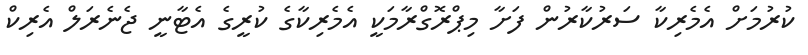
ކުރުމަށް އެމެރިކާ ސަރުކާރުން ފަށާ މިޕްރޮގްރާމަކީ އެމެރިކާގެ ކުރީގެ އެޓާނީ ޖެނެރަލް އެރިކް